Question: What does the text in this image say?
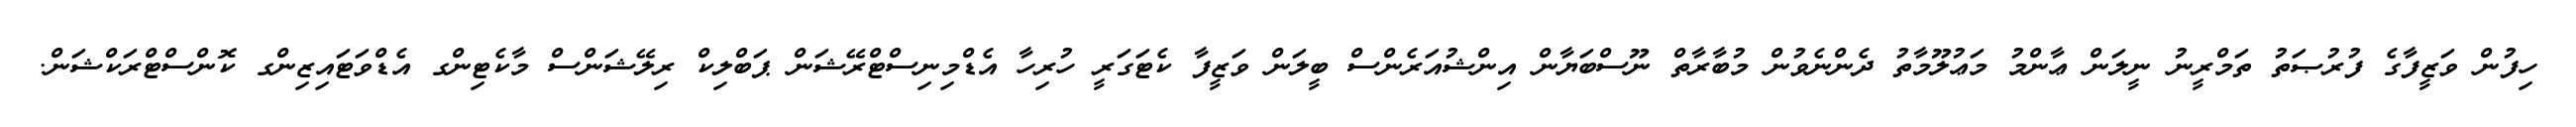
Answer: ހިފުން ވަޒީފާގެ ފުރުޞަތު ތަމްރީނު ނީލަން ޢާންމު މަޢުލޫމާތު ދެންނެވުން މުބާރާތް ނޫސްބަޔާން އިންޝުއަރެންސް ބީލަން ވަޒީފާ ކެޓަގަރީ ހުރިހާ އެޑްމިނިސްޓްރޭޝަން ޕަބްލިކް ރިލޭޝަންސް މާކެޓިންގ އެޑްވަޓައިޒިންގ ކޮންސްޓްރަކްޝަން.